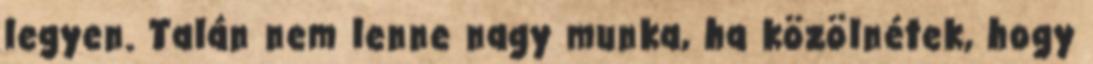
legyen. Talán nem lenne nagy munka, ha közölnétek, hogy